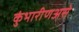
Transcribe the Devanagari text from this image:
कुंभारीणअसे